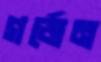
গর্জেন